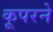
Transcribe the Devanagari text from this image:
कूपरने